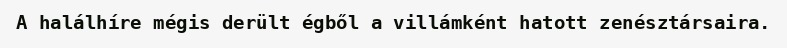
A halálhíre mégis derült égből a villámként hatott zenésztársaira.